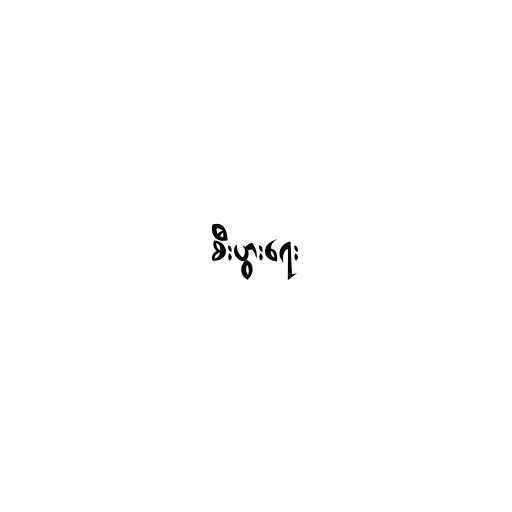
စီးပွားရေး